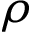
\rho